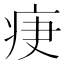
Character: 𤵵